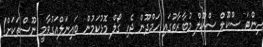
އިންޓަ ސްކޫލް ސްކޫލް މުބާރާތުގައި ހަމްދޫން ޖެހި ގޯލް މޮޅުކަމުން ބައިނަލްއަގުވާމީ ނޫސްތަކަށް!